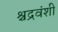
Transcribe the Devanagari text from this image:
श्चद्रवंशी